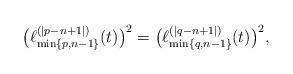
LaTeX: \begin{align*}\bigl(\ell_{\min\{p,n-1\}}^{(|p-n+1|)}(t)\bigr)^2=\bigl(\ell_{\min\{q,n-1\}}^{(|q-n+1|)}(t)\bigr)^2,\end{align*}